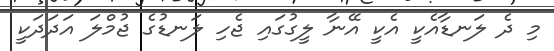
މި ދެ ލަނޑާއެކީ އެކީ އޭނާ ލީގުގައި ޖެހި ލަނޑުގެ ޖުމްލަ އަދަދަކީ